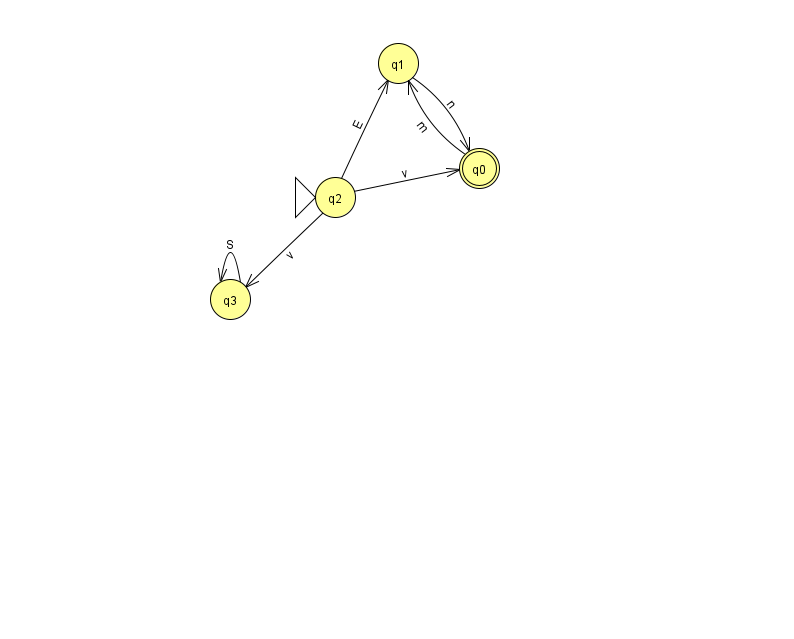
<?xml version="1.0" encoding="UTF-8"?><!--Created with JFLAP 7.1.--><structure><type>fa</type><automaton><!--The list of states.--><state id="0" name="q0"><x>479.0</x><y>155.0</y><final/></state><state id="1" name="q1"><x>398.0</x><y>50.0</y></state><state id="2" name="q2"><x>335.0</x><y>184.0</y><initial/></state><state id="3" name="q3"><x>230.0</x><y>286.0</y></state><!--The list of transitions.--><transition><from>2</from><to>0</to><read>v</read></transition><transition><from>3</from><to>3</to><read>S</read></transition><transition><from>1</from><to>0</to><read>n</read></transition><transition><from>0</from><to>1</to><read>m</read></transition><transition><from>2</from><to>3</to><read>v</read></transition><transition><from>2</from><to>1</to><read>E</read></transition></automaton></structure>